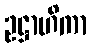
ဥဋ္ဌာဟိကာ